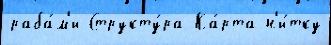
раба́м'и Структу́ра Ка́рта н'и́тку